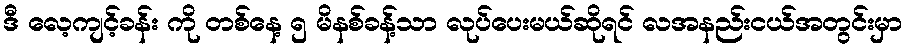
ဒီ လေ့ကျင့်ခန်း ကို တစ်နေ့ ၅ မိနစ်ခန့်သာ လုပ်ပေးမယ်ဆိုရင် လအနည်းငယ်အတွင်းမှာ